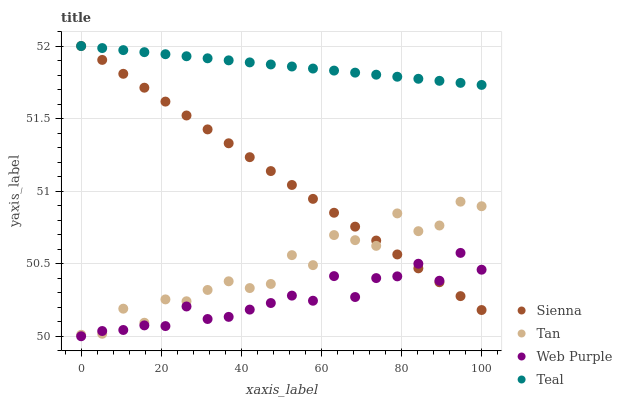
| xaxis_label | Sienna | Tan | Web Purple | Teal |
 | --- | --- | --- | --- | --- |
 | 0 | 52 | 50 | 50 | 52 |
 | 5.26 | 51.9 | 50 | 50 | 52 |
 | 10.5 | 51.8 | 50.2 | 50 | 52 |
 | 15.8 | 51.7 | 50.1 | 50.1 | 52 |
 | 21.1 | 51.6 | 50.3 | 50.1 | 51.9 |
 | 26.3 | 51.5 | 50.2 | 50.2 | 51.9 |
 | 31.6 | 51.4 | 50.3 | 50.1 | 51.9 |
 | 36.8 | 51.3 | 50.4 | 50.1 | 51.9 |
 | 42.1 | 51.2 | 50.3 | 50.2 | 51.9 |
 | 47.4 | 51.1 | 50.4 | 50.2 | 51.9 |
 | 52.6 | 51 | 50.6 | 50.3 | 51.9 |
 | 57.9 | 50.9 | 50.5 | 50.2 | 51.8 |
 | 63.2 | 50.9 | 50.7 | 50.4 | 51.8 |
 | 68.4 | 50.8 | 50.7 | 50.3 | 51.8 |
 | 73.7 | 50.7 | 50.6 | 50.4 | 51.8 |
 | 78.9 | 50.6 | 50.8 | 50.4 | 51.8 |
 | 84.2 | 50.5 | 50.7 | 50.5 | 51.8 |
 | 89.5 | 50.4 | 50.8 | 50.4 | 51.8 |
 | 94.7 | 50.3 | 50.9 | 50.6 | 51.7 |
 | 100 | 50.2 | 50.9 | 50.5 | 51.7 |